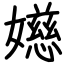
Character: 嬨